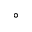
^ { \circ }